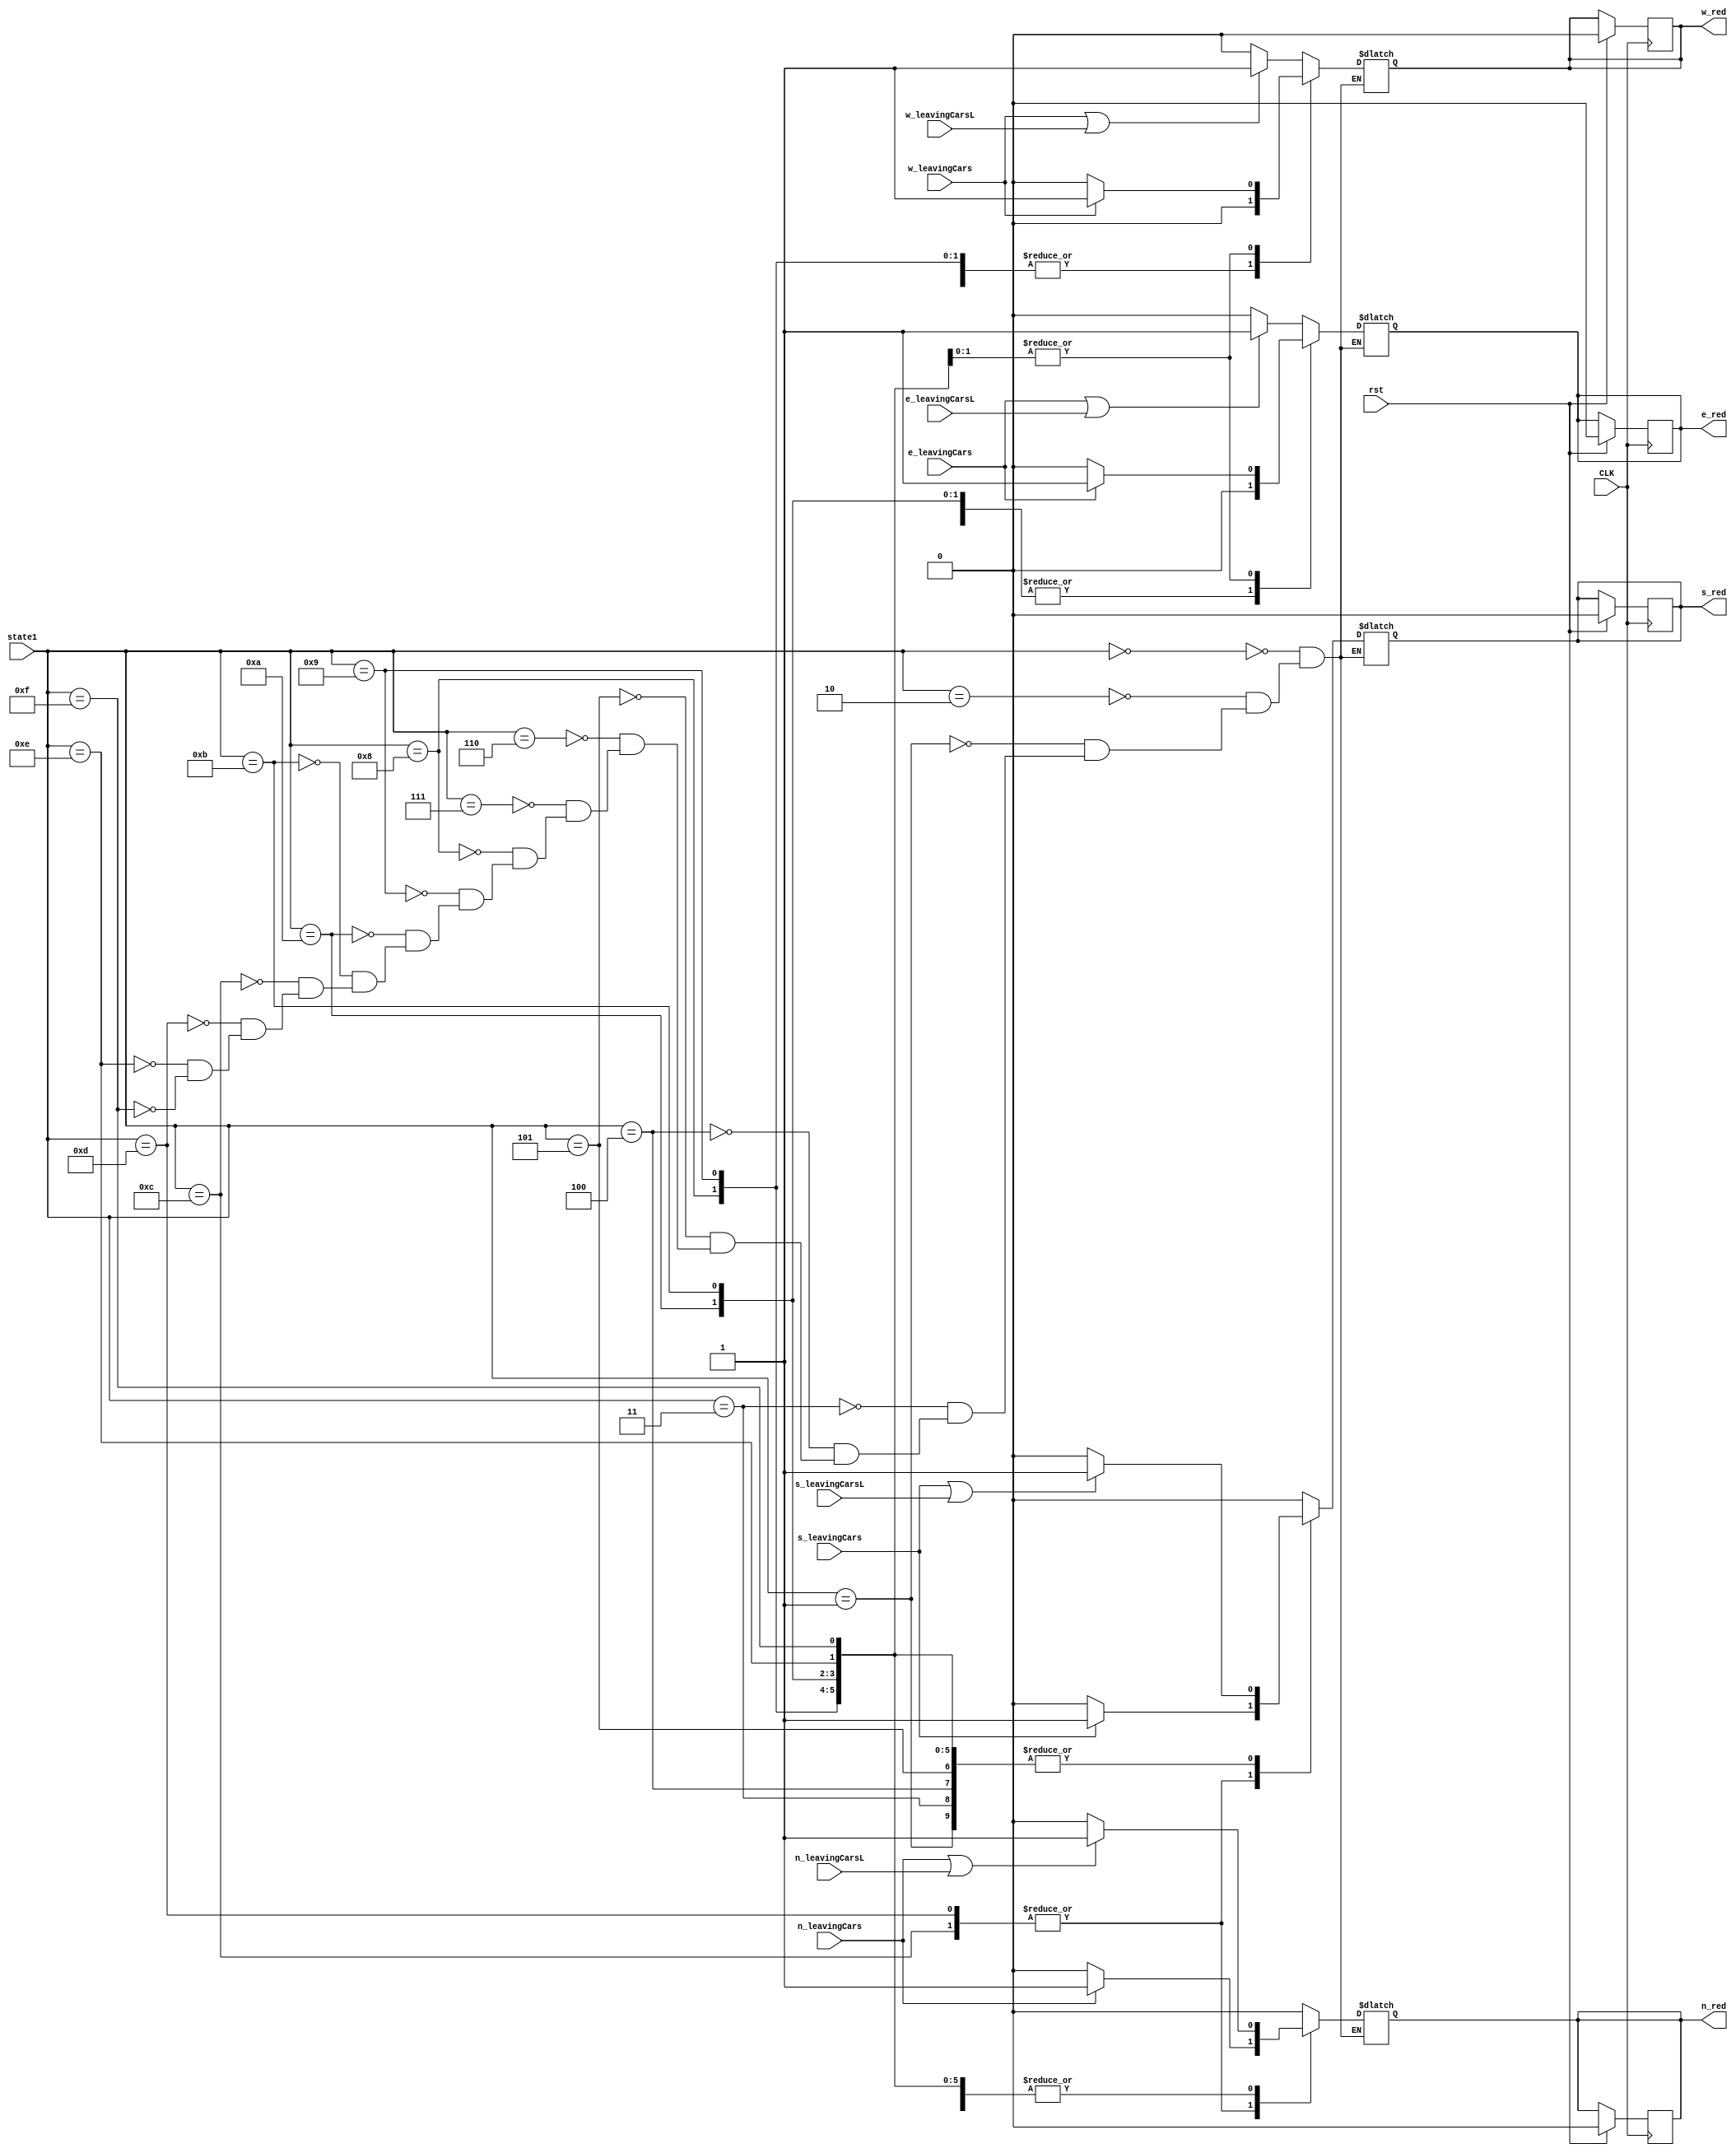
`timescale 1ns / 1ps
//////////////////////////////////////////////////////////////////////////////////
// Company: 
// Engineer: 
// 
// Design Name: 
// Module Name: red_light
// Project Name: 
// Target Devices: 
// Tool Versions: 
// Description: 
// 
// Dependencies: 
// 
// Revision:
// Revision 0.01 - File Created
// Additional Comments:
// 
//////////////////////////////////////////////////////////////////////////////////

/*
CLK-clock
rst - reset
w_leavingCars - detects if car leaves west side
e_leavingCars - detects if car leaves east side
n_leavingCars - detect if car leaves north side
s_leavingCars - detects if car leaves south side
w_leavingCarsL - detects if car leaves west left side
e_leavingCarsL - detects if car leaves east left side
n_leavingCarsL - detect if car leaves north left side
s_leavingCarsL - detects if car leaves south left side
state1 - current state/configuration of the traffic lights
w_red - sensor that detects if car runs red light on west or west left
e_red - sensor that detects if car runs red light on east or east left
n_red - sensor that detects if car runs red light on north or north left
s_red - sensor that detects if car runs red light on south or south left
*/
//if this sensor is 1, then picture is taken, sensor then reverts back to 0
//if any incoming car input is 1, then there is a car that ran a red light
module red_light(input CLK, rst,  w_leavingCars, e_leavingCars, 
n_leavingCars, s_leavingCars, w_leavingCarsL, e_leavingCarsL,
 n_leavingCarsL, s_leavingCarsL,
input [4:0] state1,
output reg w_red, e_red, s_red, n_red);
parameter [1:0] g = 2'b01; //green
parameter [1:0] y = 2'b10; // yellow
parameter [1:0] r = 2'b11; //red
parameter [4:0] n_s = 5'b00000; //north and south light
parameter [4:0] e_w = 5'b00001; // east and west light
parameter [4:0] n_s_y = 5'b00010;//north and south yellow light
parameter [4:0] e_w_y = 5'b00011;//east and west yellow light
parameter [4:0] n_nl = 5'b00100;//north and north left
parameter [4:0] n_nl_y = 5'b00101;//north and north left yellow
parameter [4:0] s_sl = 5'b00110;//south and south left
parameter [4:0] s_sl_y = 5'b00111;//south and south left yellow
parameter [4:0] w_wl = 5'b01000;//west and west left
parameter [4:0] w_wl_y = 5'b01001;//west and west left yellow
parameter [4:0] e_el = 5'b01010;//east and east left
parameter [4:0] e_el_y = 5'b01011;//east and east left yellow
parameter [4:0] sl_nl = 5'b01100;//south left and north left
parameter [4:0] sl_nl_y = 5'b01101;//south left and north left yellow
parameter [4:0] el_wl = 5'b01110;//east left and west left
parameter [4:0] el_wl_y = 5'b01111;//east left and west left yellow
always @(posedge CLK) begin
if(rst == 1'b1)begin
w_red<= 1'b0;
e_red<= 1'b0;
s_red<= 1'b0;
n_red<= 1'b0;
end end
always @(state1)begin
case(state1)

/*
In each case, we first see set the sensors that represent the side with green lights to 0.
Then we have an if statement for each side where there is a red light. If there is a car leaving that side
then we set the sensor to that represents that side to 1, if not then it is set to 0.
*/

n_s: begin//north and south light is green
n_red <= 1'b0;
s_red <= 1'b0;
if(e_leavingCars == 1'b1 || e_leavingCarsL == 1'b1)
e_red <= 1'b1;
else
e_red <= 1'b0;
if(w_leavingCars == 1'b1 || w_leavingCarsL == 1'b1)
w_red <= 1'b1;
else
w_red <= 1'b0;
end

n_s_y:begin//north and south light is yellow
n_red <= 1'b0;
s_red <= 1'b0;
if(e_leavingCars == 1'b1 || e_leavingCarsL == 1'b1)
e_red <= 1'b1;
else
e_red <= 1'b0;
if(w_leavingCars == 1'b1 || w_leavingCarsL == 1'b1)
w_red <= 1'b1;
else
w_red <= 1'b0;
end

e_w:begin //east and west light is green
e_red <= 1'b0;
w_red <= 1'b0;
if(n_leavingCars == 1'b1 || n_leavingCarsL == 1'b1)
n_red <= 1'b1;
else
n_red <= 1'b0;
if(s_leavingCars == 1'b1 || s_leavingCarsL == 1'b1)
s_red <= 1'b1;
else
s_red <= 1'b0;
end

e_w_y: begin//east and west ligh is yellow
e_red <= 1'b0;
w_red <= 1'b0;
if(n_leavingCars == 1'b1 || n_leavingCarsL == 1'b1)
n_red <= 1'b1;
else
n_red <= 1'b0;
if(s_leavingCars == 1'b1 || s_leavingCarsL == 1'b1)
s_red <= 1'b1;
else
s_red <= 1'b0;
end

n_nl: begin //north and north left
n_red <= 1'b0;
if(w_leavingCars == 1'b1 || w_leavingCarsL == 1'b1)
w_red <= 1'b1;
else
w_red <= 1'b0;
if(s_leavingCars == 1'b1 || s_leavingCarsL == 1'b1)
s_red <= 1'b1;
else
s_red <= 1'b0;
if(e_leavingCars == 1'b1 || e_leavingCarsL == 1'b1)
e_red <= 1'b1;
else
e_red <= 1'b0;
end

n_nl_y: begin // north and north left yellow
n_red <= 1'b0;
if(w_leavingCars == 1'b1 || w_leavingCarsL == 1'b1)
w_red <= 1'b1;
else
w_red <= 1'b0;
if(s_leavingCars == 1'b1 || s_leavingCarsL == 1'b1)
s_red <= 1'b1;
else
s_red <= 1'b0;
if(e_leavingCars == 1'b1 || e_leavingCarsL == 1'b1)
e_red <= 1'b1;
else
e_red <= 1'b0;
end

s_sl: begin // south and south left
s_red <= 1'b0;
if(w_leavingCars == 1'b1 || w_leavingCarsL == 1'b1)
w_red <= 1'b1;
else
w_red <= 1'b0;
if(n_leavingCars == 1'b1 || n_leavingCarsL == 1'b1)
n_red <= 1'b1;
else
n_red <= 1'b0;
if(e_leavingCars == 1'b1 || e_leavingCarsL == 1'b1)
e_red <= 1'b1;
else
e_red <= 1'b0;
end

s_sl_y: begin // south and south left yellow
s_red <= 1'b0;
if(w_leavingCars == 1'b1 || w_leavingCarsL == 1'b1)
w_red <= 1'b1;
else
w_red <= 1'b0;
if(n_leavingCars == 1'b1 || n_leavingCarsL == 1'b1)
n_red <= 1'b1;
else
n_red <= 1'b0;
if(e_leavingCars == 1'b1 || e_leavingCarsL == 1'b1)
e_red <= 1'b1;
else
e_red <= 1'b0;
end

w_wl: begin // west and west left 
w_red <= 1'b0;
if(s_leavingCars == 1'b1 || s_leavingCarsL == 1'b1)
s_red <= 1'b1;
else
s_red <= 1'b0;
if(n_leavingCars == 1'b1 || n_leavingCarsL == 1'b1)
n_red <= 1'b1;
else
n_red <= 1'b0;
if(e_leavingCars == 1'b1 || e_leavingCarsL == 1'b1)
e_red <= 1'b1;
else
e_red <= 1'b0;
end

w_wl_y: begin // west and west left yellow
w_red <= 1'b0;
if(s_leavingCars == 1'b1 || s_leavingCarsL == 1'b1)
s_red <= 1'b1;
else
s_red <= 1'b0;
if(n_leavingCars == 1'b1 || n_leavingCarsL == 1'b1)
n_red <= 1'b1;
else
n_red <= 1'b0;
if(e_leavingCars == 1'b1 || e_leavingCarsL == 1'b1)
e_red <= 1'b1;
else
e_red <= 1'b0;
end

e_el: begin // east and east left
e_red <= 1'b0;
if(s_leavingCars == 1'b1 || s_leavingCarsL == 1'b1)
s_red <= 1'b1;
else
s_red <= 1'b0;
if(n_leavingCars == 1'b1 || n_leavingCarsL == 1'b1)
n_red <= 1'b1;
else
n_red <= 1'b0;
if(w_leavingCars == 1'b1 || w_leavingCarsL == 1'b1)
w_red <= 1'b1;
else
w_red <= 1'b0;
end

e_el_y:begin // east and east left yellow
e_red <= 1'b0;
if(s_leavingCars == 1'b1 || s_leavingCarsL == 1'b1)
s_red <= 1'b1;
else
s_red <= 1'b0;
if(n_leavingCars == 1'b1 || n_leavingCarsL == 1'b1)
n_red <= 1'b1;
else
n_red <= 1'b0;
if(w_leavingCars == 1'b1 || w_leavingCarsL == 1'b1)
w_red <= 1'b1;
else
w_red <= 1'b0;
end

sl_nl: begin// south left and north left
if(s_leavingCars == 1'b1)
s_red <= 1'b1;
else
s_red <= 1'b0;
if(n_leavingCars == 1'b1)
n_red <= 1'b1;
else
n_red <= 1'b0;
if(w_leavingCars == 1'b1 || w_leavingCarsL == 1'b1)
w_red <= 1'b1;
else
w_red <= 1'b0;
if(e_leavingCars == 1'b1 || e_leavingCarsL == 1'b1)
e_red <= 1'b1;
else
e_red <= 1'b0;
end

sl_nl_y: begin// south left and north left yellow
if(s_leavingCars == 1'b1)
s_red <= 1'b1;
else
s_red <= 1'b0;
if(n_leavingCars == 1'b1)
n_red <= 1'b1;
else
n_red <= 1'b0;
if(w_leavingCars == 1'b1 || w_leavingCarsL == 1'b1)
w_red <= 1'b1;
else
w_red <= 1'b0;
if(e_leavingCars == 1'b1 || e_leavingCarsL == 1'b1)
e_red <= 1'b1;
else
e_red <= 1'b0;
end 

el_wl: begin // west left and east left
if(s_leavingCars == 1'b1 || s_leavingCarsL == 1'b1)
s_red <= 1'b1;
else
s_red <= 1'b0;
if(n_leavingCars == 1'b1 || n_leavingCarsL == 1'b1)
n_red <= 1'b1;
else
n_red <= 1'b0;
if(w_leavingCars == 1'b1)
w_red <= 1'b1;
else
w_red <= 1'b0;
if(e_leavingCars == 1'b1)
e_red <= 1'b1;
else
e_red <= 1'b0;
end 

el_wl_y:begin // west left and east left yellow
if(s_leavingCars == 1'b1 || s_leavingCarsL == 1'b1)
s_red <= 1'b1;
else
s_red <= 1'b0;
if(n_leavingCars == 1'b1 || n_leavingCarsL == 1'b1)
n_red <= 1'b1;
else
n_red <= 1'b0;
if(w_leavingCars == 1'b1)
w_red <= 1'b1;
else
w_red <= 1'b0;
if(e_leavingCars == 1'b1)
e_red <= 1'b1;
else
e_red <= 1'b0;
end 
endcase
end
endmodule